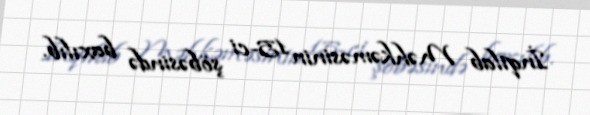
İnqilab Məhkəməsinin 15-ci şöbəsində baxılıb.